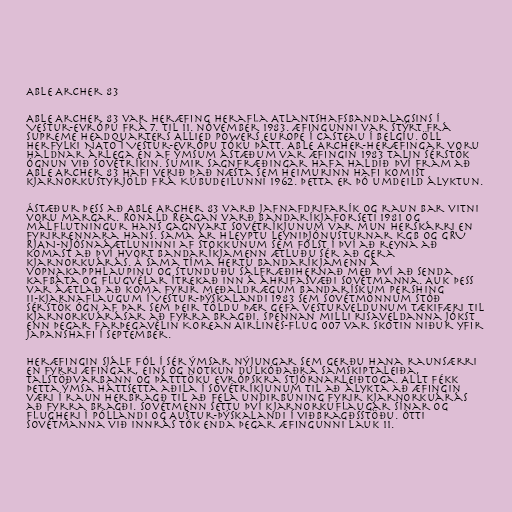
Able Archer 83

Able Archer 83 var heræfing herafla Atlantshafsbandalagsins í
Vestur-Evrópu frá 7. til 11. nóvember 1983. Æfingunni var stýrt frá
Supreme Headquarters Allied Powers Europe í Casteau í Belgíu. Öll
herfylki NATO í Vestur-Evrópu tóku þátt. Able Archer-heræfingar voru
haldnar árlega en af ýmsum ástæðum var æfingin 1983 talin sérstök
ógnun við Sovétríkin. Sumir sagnfræðingar hafa haldið því fram að
Able Archer 83 hafi verið það næsta sem heimurinn hafi komist
kjarnorkustyrjöld frá Kúbudeilunni 1962. Þetta er þó umdeild ályktun.

Ástæður þess að Able Archer 83 varð jafnafdrifarík og raun bar vitni
voru margar. Ronald Reagan varð Bandaríkjaforseti 1981 og
málflutningur hans gagnvart Sovétríkjunum var mun herskárri en
fyrirrennara hans. Sama ár hleyptu leyniþjónusturnar KGB og GRU
RJAN-njósnaáætluninni af stokkunum sem fólst í því að reyna að
komast að því hvort Bandaríkjamenn ætluðu sér að gera
kjarnorkuárás. Á sama tíma hertu Bandaríkjamenn á
vopnakapphlaupinu og stunduðu sálfræðihernað með því að senda
kafbáta og flugvélar ítrekað inn á áhrifasvæði Sovétmanna. Auk þess
var áætlað að koma fyrir meðaldrægum bandarískum Pershing
II-kjarnaflaugum í Vestur-Þýskalandi 1983 sem Sovétmönnum stóð
sérstök ógn af þar sem þeir töldu þær gefa vesturveldunum tækifæri til
kjarnorkuárásar að fyrra bragði. Spennan milli risaveldanna jókst
enn þegar farþegavélin Korean Airlines-flug 007 var skotin niður yfir
Japanshafi í september.

Heræfingin sjálf fól í sér ýmsar nýjungar sem gerðu hana raunsærri
en fyrri æfingar, eins og notkun dulkóðaðra samskiptaleiða,
talstöðvarbann og þátttöku evrópskra stjórnarleiðtoga. Allt fékk
þetta ýmsa háttsetta aðila í Sovétríkjunum til að álykta að æfingin
væri í raun herbragð til að fela undirbúning fyrir kjarnorkuárás
að fyrra bragði. Sovétmenn settu því kjarnorkuflaugar sínar og
flugheri í Póllandi og Austur-Þýskalandi í viðbragðsstöðu. Ótti
Sovétmanna við innrás tók enda þegar æfingunni lauk 11.